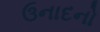
ઉનાદનો